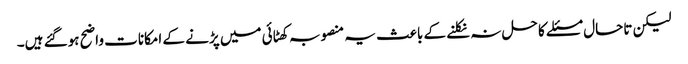
لیکن تاحال مسئلے کا حل نہ نکلنے کے باعث یہ منصوبہ کھٹائی میں پڑنے کے امکانات واضح ہوگئے ہیں۔